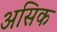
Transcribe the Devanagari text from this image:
असिक